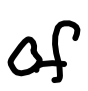
Text: of
Cross-out: clean
Writing tool: digital_black